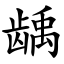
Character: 龋